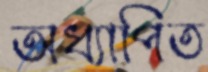
অধ্যাপিত